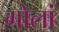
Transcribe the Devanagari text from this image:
गोलां